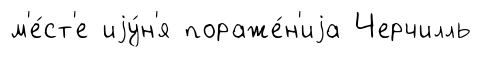
м'е́ст'е иjу́н'я пораже́н'иjа Черчилль